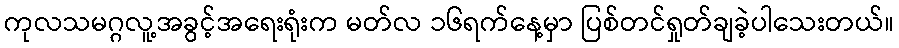
ကုလသမဂ္ဂလူ့အခွင့်အရေးရုံးက မတ်လ ၁၆ရက်နေ့မှာ ပြစ်တင်ရှုတ်ချခဲ့ပါသေးတယ်။